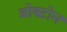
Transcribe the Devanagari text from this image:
ब्रोक्टोन